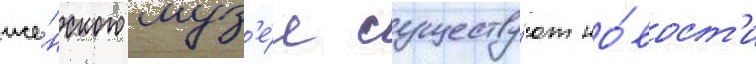
же́нского муз'е́я существу́ют но́вост'и